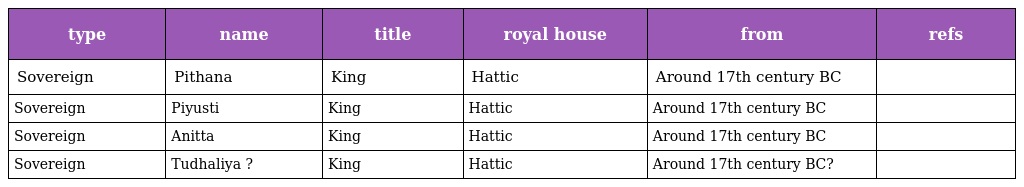
| type | name | title | royal house | from | refs |
 | --- | --- | --- | --- | --- | --- |
 | Sovereign | Pithana | King | Hattic | Around 17th century BC |  |
 | Sovereign | Piyusti | King | Hattic | Around 17th century BC |  |
 | Sovereign | Anitta | King | Hattic | Around 17th century BC |  |
 | Sovereign | Tudhaliya ? | King | Hattic | Around 17th century BC? |  |